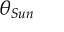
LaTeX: \theta _ { S u n }